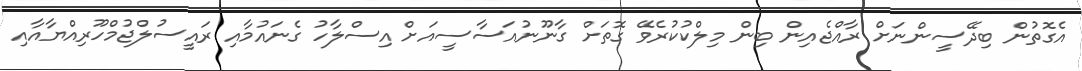
އެގޮތުން ބިދޭސީންނަށް ރާއްޖެއިން ބިން މިލްކުކުރެވޭ ގޮތަށް ގާނޫނުއަސާސީއަށް އިސްލާހު ގެނައުމާއި ރައީސުލްޖުމްހޫރިއްޔާއާއި